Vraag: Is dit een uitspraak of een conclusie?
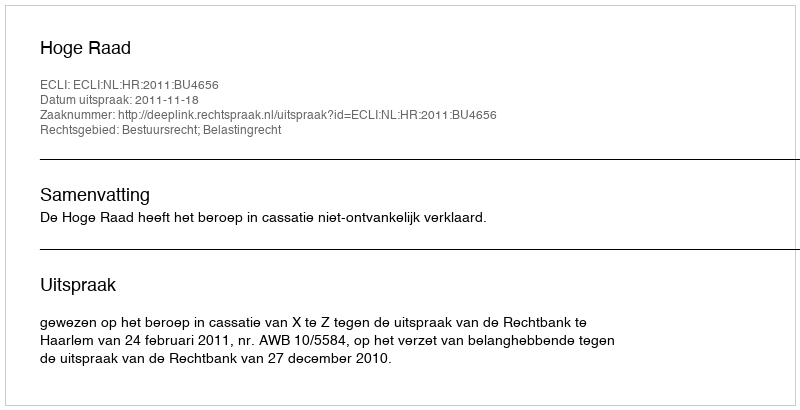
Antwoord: Uitspraak